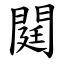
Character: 閮